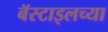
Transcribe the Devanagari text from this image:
बॅस्टाइलच्या